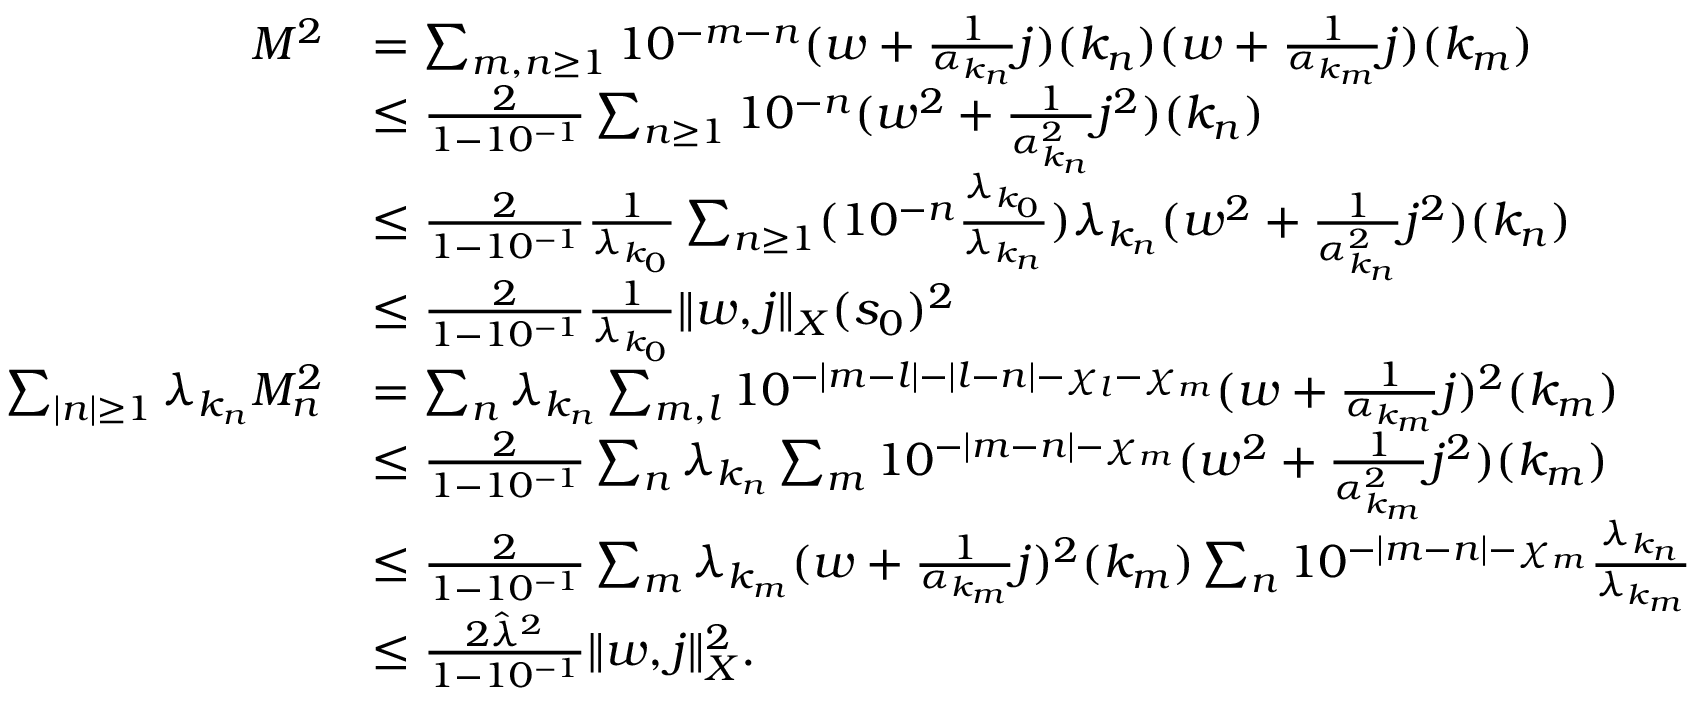
\begin{array} { r l } { M ^ { 2 } } & { = \sum _ { m , n \ge 1 } 1 0 ^ { - m - n } ( w + \frac 1 { \alpha _ { k _ { n } } } j ) ( k _ { n } ) ( w + \frac 1 { \alpha _ { k _ { m } } } j ) ( k _ { m } ) } \\ & { \le \frac 2 { 1 - 1 0 ^ { - 1 } } \sum _ { n \ge 1 } 1 0 ^ { - n } ( w ^ { 2 } + \frac 1 { \alpha _ { k _ { n } } ^ { 2 } } j ^ { 2 } ) ( k _ { n } ) } \\ & { \le \frac 2 { 1 - 1 0 ^ { - 1 } } \frac 1 { \lambda _ { k _ { 0 } } } \sum _ { n \ge 1 } ( 1 0 ^ { - n } \frac { \lambda _ { k _ { 0 } } } { \lambda _ { k _ { n } } } ) \lambda _ { k _ { n } } ( w ^ { 2 } + \frac 1 { \alpha _ { k _ { n } } ^ { 2 } } j ^ { 2 } ) ( k _ { n } ) } \\ & { \le \frac 2 { 1 - 1 0 ^ { - 1 } } \frac 1 { \lambda _ { k _ { 0 } } } \Vert w , j \Vert _ { X } ( s _ { 0 } ) ^ { 2 } } \\ { \sum _ { \vert n \vert \ge 1 } \lambda _ { { k _ { n } } } M _ { n } ^ { 2 } } & { = \sum _ { n } \lambda _ { k _ { n } } \sum _ { m , l } 1 0 ^ { - \vert m - l \vert - \vert l - n \vert - \chi _ { l } - \chi _ { m } } ( w + \frac 1 { \alpha _ { k _ { m } } } j ) ^ { 2 } ( k _ { m } ) } \\ & { \le \frac 2 { 1 - 1 0 ^ { - 1 } } \sum _ { n } \lambda _ { k _ { n } } \sum _ { m } 1 0 ^ { - \vert m - n \vert - \chi _ { m } } ( w ^ { 2 } + \frac 1 { \alpha _ { k _ { m } } ^ { 2 } } j ^ { 2 } ) ( k _ { m } ) } \\ & { \le \frac 2 { 1 - 1 0 ^ { - 1 } } \sum _ { m } \lambda _ { k _ { m } } ( w + \frac 1 { \alpha _ { k _ { m } } } j ) ^ { 2 } ( k _ { m } ) \sum _ { n } 1 0 ^ { - \vert m - n \vert - \chi _ { m } } \frac { \lambda _ { k _ { n } } } { \lambda _ { k _ { m } } } } \\ & { \le \frac { 2 \hat { \lambda } ^ { 2 } } { 1 - 1 0 ^ { - 1 } } \Vert w , j \Vert _ { X } ^ { 2 } . } \end{array}